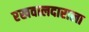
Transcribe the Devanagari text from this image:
रखवालदाराला